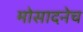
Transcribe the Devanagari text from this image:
मोसादनेच